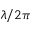
\lambda / 2 \pi